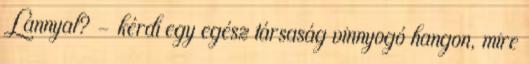
Lánnyal? - kérdi egy egész társaság vinnyogó hangon, mire